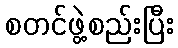
စတင်ဖွဲ့စည်းပြီး